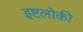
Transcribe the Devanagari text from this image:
इष्टलोकी